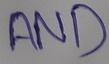
Text: AND